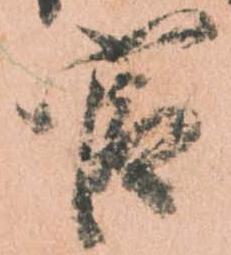
官